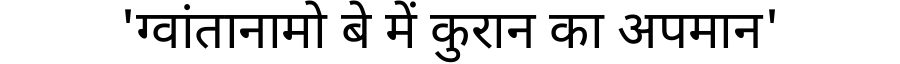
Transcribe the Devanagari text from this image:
'ग्वांतानामो बे में कुरान का अपमान'